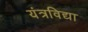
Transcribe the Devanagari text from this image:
यंत्रविद्या